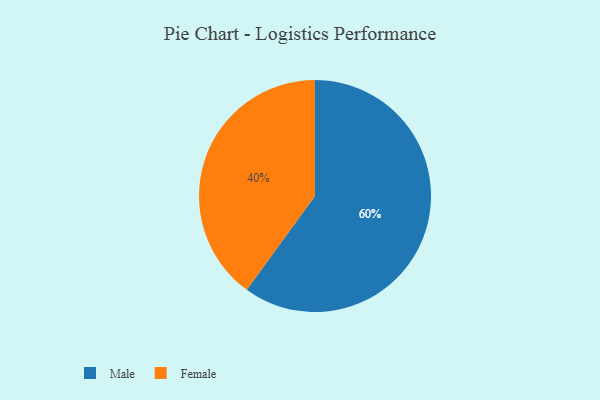
{"axis": {"x": "Category", "y": "Percentage"}, "legend": ["Female", "Male"], "data": [{"x": "Female", "y": 40, "type": "Female"}, {"x": "Male", "y": 60, "type": "Male"}]}